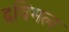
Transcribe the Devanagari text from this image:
द्रविमल